Leaving Certificate Examination, 1910
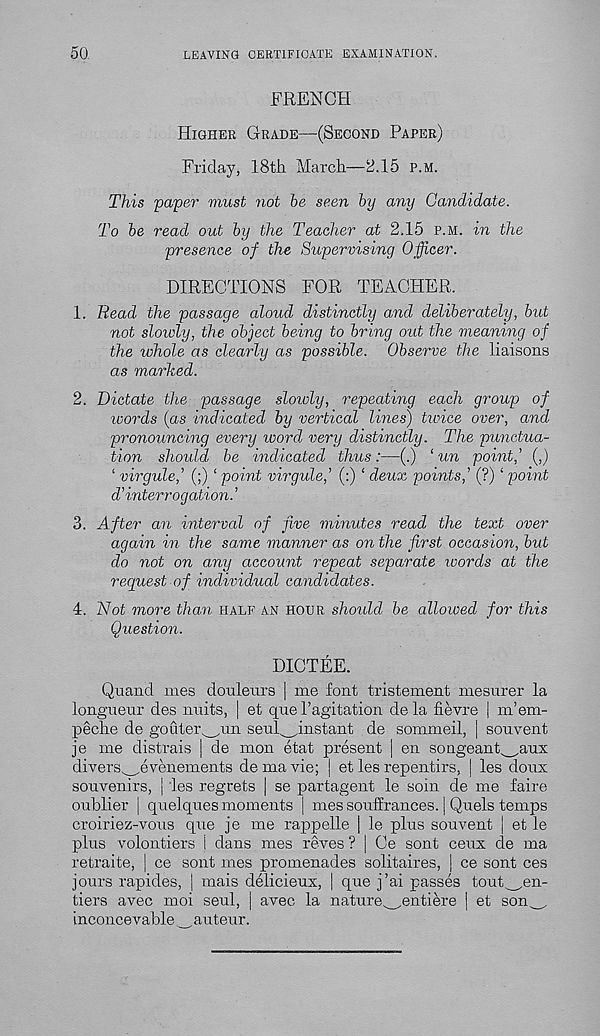
50.
LEAVING CERTIFICATE EXAMINATION.
FRENCH
Higher Grade—(Second Paper)
Friday, 18th March—2.15 p.m.
This paper must not be seen by any Candidate.
To be read out by the Teacher at 2.15 p.m. in the
presence of the Supervising Officer.
DIRECTIONS FOR TEACHER.
1. Read the passage aloud distinctly and deliberately, bid
not slowly, the object being to bring out the meaning of
the whole as clearly as possible. Observe the liaisons
as marked.
2. Dictate the passage slowly, repeating each group of
words (as indicated by vertical lines) twice over, and
pronouncing every word very distinctly. The punctua-
tion should be indicated thus:—(.) ‘ un point,’ (,)
‘ virgule,’ (;) ‘ point virgule,’ (:) 1 deux points,’ (?) ‘ point
d’ interrogation. ’
3. After an interval of five minutes read the text over
again in the same manner as on the first occasion, but
do not on any account repeat separate ivords at the
request of individual candidates.
4. Not more than half an hour should be allowed for this
Question.
DICTEE.
Quand mes douleurs | me font tristement mesufer la
longueur des units, | et que 1’agitation de la fievre | m’em-
peche de gouter^un seul^instant de sommeil, | souvent
je me distrais | de mon etat present | en songeant^aux
divers^evenements demavie; | et les repentirs, | les doux
souvenirs, | les regrets | se partagent le soin de me faire
oublier | quelques moments | mes sonffrances. j Quels temps
croiriez-vous que je me rappelle | le plus souvent | et le
plus volontiers i dans mes reves ? | Ce sont ceux de ma
retraite, | ce sont mes promenades solitaires, | ce sont ces
jours rapides, | mais deiicieux, | que j’ai passes tout_,en-
tiers avec moi seul, | avec la nature^entiere | et son^.
inconcevable ^auteur.